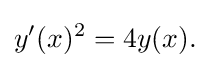
y'(x)^{2}=4y(x).\,\!